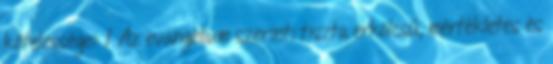
kötelességei: 1 Az evangélium szerinti tiszta erkölcsű, mértékletes és